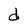
Character: d